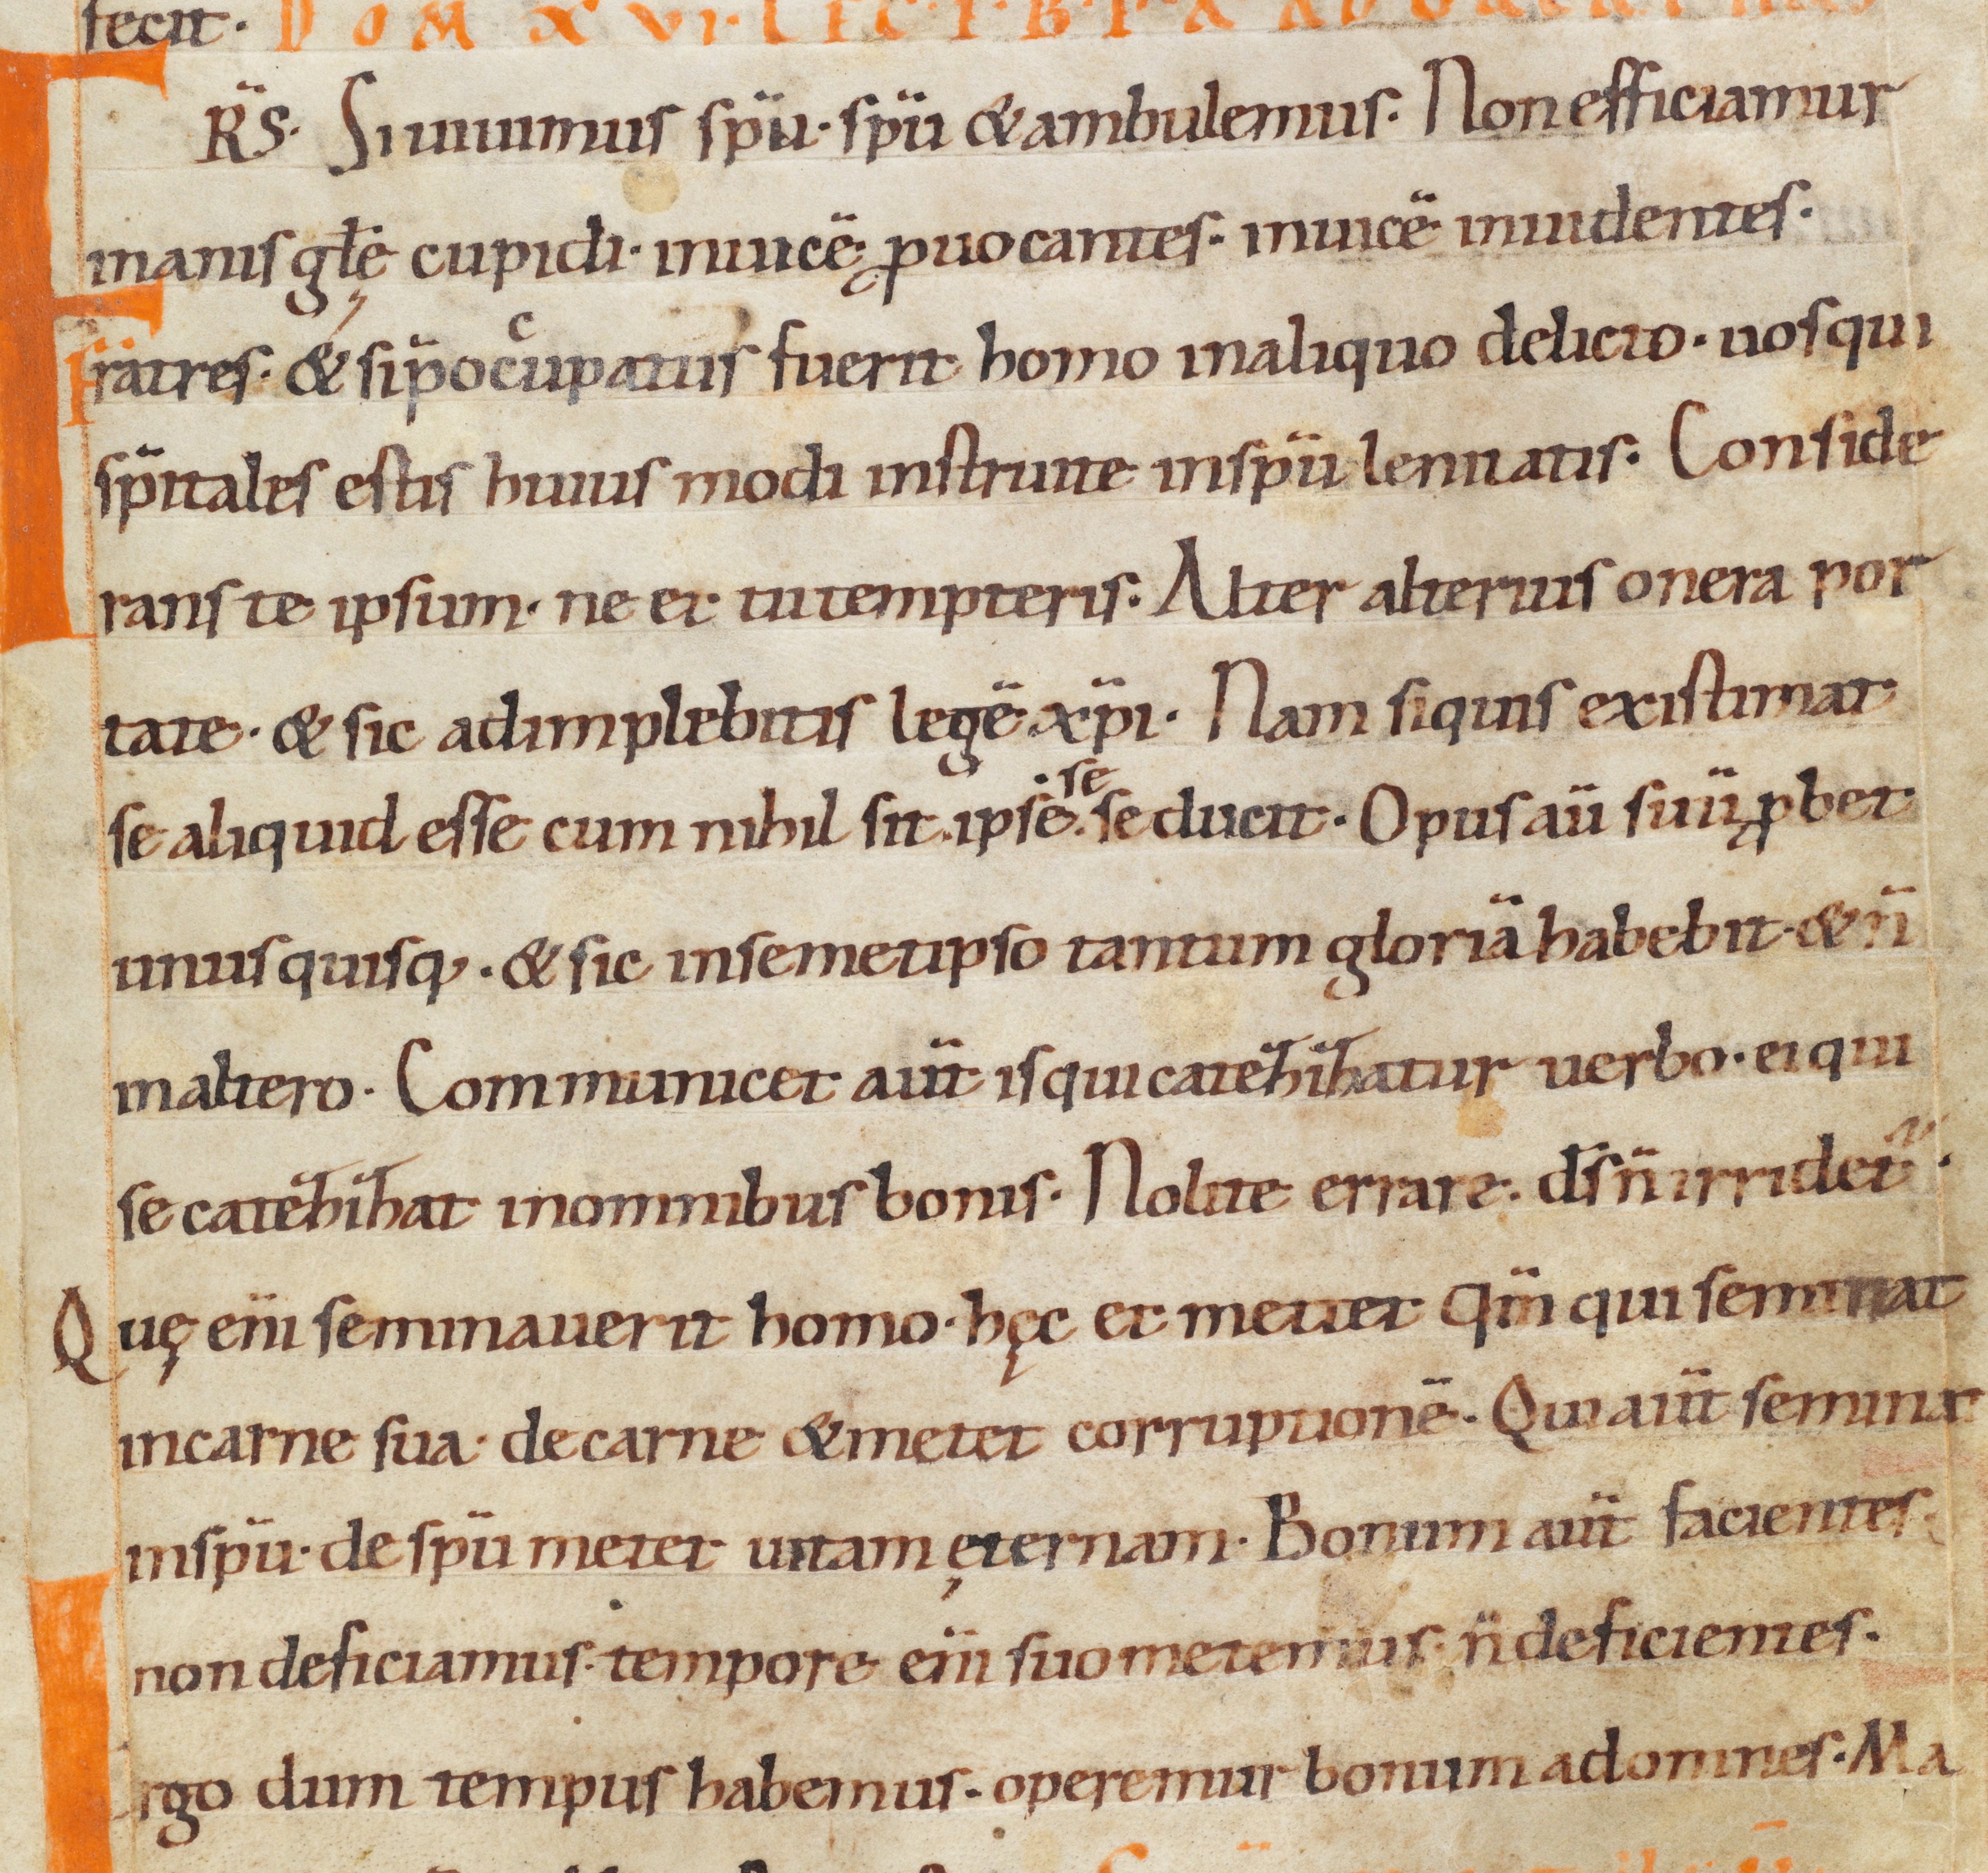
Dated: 1000–1049